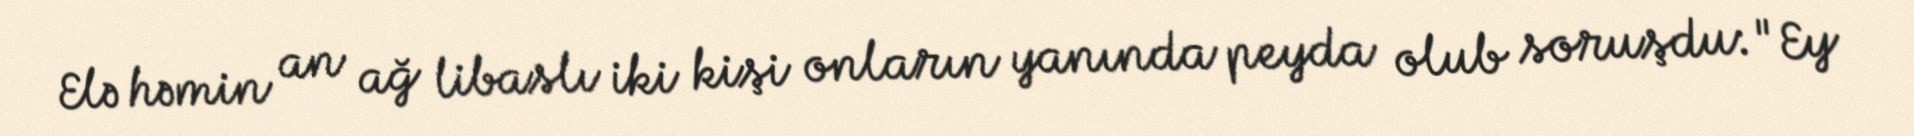
Elə həmin an ağ libaslı iki kişi onların yanında peyda olub soruşdu: "Ey